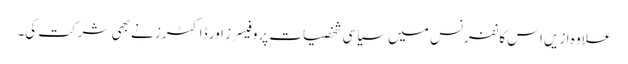
علاوہ ازیں اس کانفرنس میں سیاسی شخصیات پروفیسرز اور ڈاکٹرز نے بھی شرکت کی۔